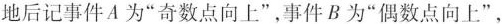
地后记事件A为“奇数点向上”，事件B为“偶数点向上”，